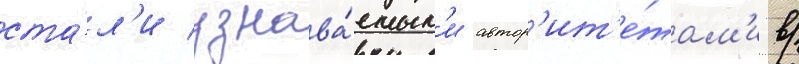
ста́л'и узнава́емым'и автор'ит'е́там'и в